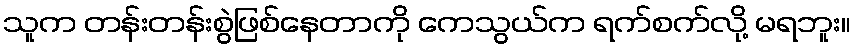
သူက တန်းတန်းစွဲဖြစ်နေတာကို ကေသွယ်က ရက်စက်လို့ မရဘူး။